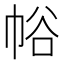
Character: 𢂲